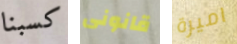
كسبنا قانونى اميرة